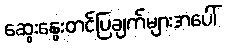
ဆွေးနွေးတင်ပြချက်များအပေါ်